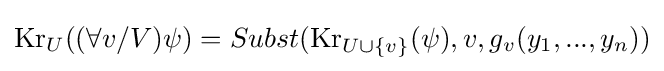
\operatorname {Kr} _{U}((\forall v/V)\psi )=Subst(\operatorname {Kr} _{U\cup \{v\}}(\psi ),v,g_{v}(y_{1},...,y_{n}))